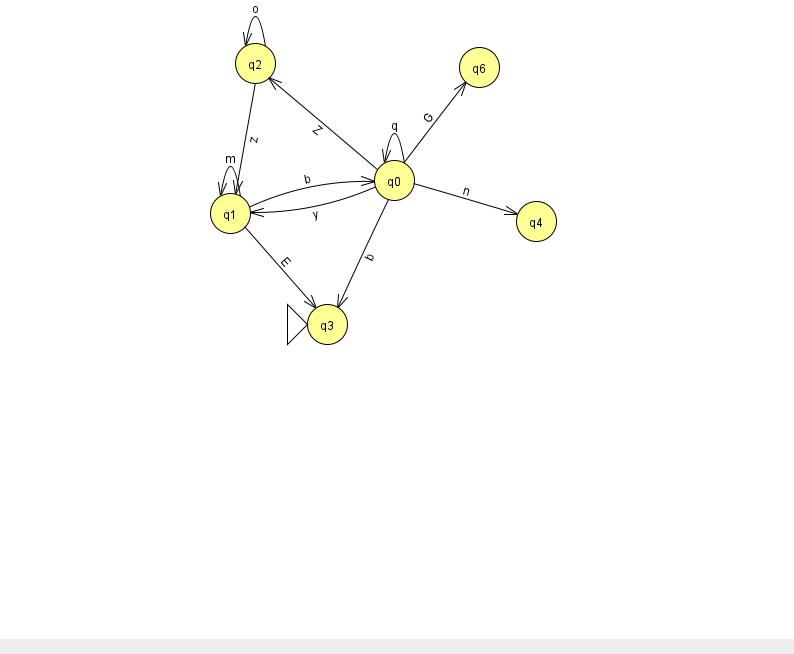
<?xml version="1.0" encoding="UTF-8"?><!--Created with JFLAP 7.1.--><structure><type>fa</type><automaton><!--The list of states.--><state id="0" name="q0"><x>394.0</x><y>167.0</y></state><state id="1" name="q1"><x>230.0</x><y>200.0</y></state><state id="2" name="q2"><x>255.0</x><y>50.0</y></state><state id="3" name="q3"><x>327.0</x><y>311.0</y><initial/></state><state id="4" name="q4"><x>536.0</x><y>208.0</y></state><state id="6" name="q6"><x>479.0</x><y>54.0</y></state><!--The list of transitions.--><transition><from>0</from><to>3</to><read>b</read></transition><transition><from>1</from><to>0</to><read>b</read></transition><transition><from>0</from><to>0</to><read>q</read></transition><transition><from>0</from><to>2</to><read>Z</read></transition><transition><from>2</from><to>1</to><read>z</read></transition><transition><from>1</from><to>3</to><read>E</read></transition><transition><from>0</from><to>4</to><read>n</read></transition><transition><from>0</from><to>6</to><read>G</read></transition><transition><from>0</from><to>1</to><read>y</read></transition><transition><from>1</from><to>1</to><read>m</read></transition><transition><from>2</from><to>2</to><read>o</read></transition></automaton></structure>